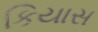
કિયાસ